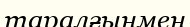
таралғынмен